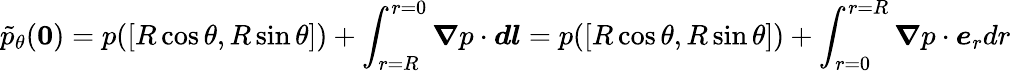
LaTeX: \tilde{p}_{\theta}(\boldsymbol{0})=p([R\cos\theta,R\sin\theta])+\int_{r=R}^{r=0}\boldsymbol{\nabla}p\cdot\boldsymbol{dl}=p([R\cos\theta,R\sin\theta])+\int_{r=0}^{r=R}\boldsymbol{\nabla}p\cdot\boldsymbol{e}_{r}dr